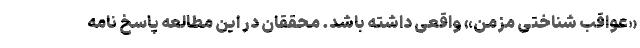
«عواقب شناختی مزمن» واقعی داشته باشد. محققان در این مطالعه پاسخ نامه